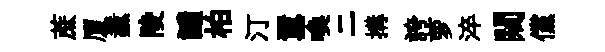
蔗厦纛陵譴柏汀囂喚二搆誇萝淬闚儻